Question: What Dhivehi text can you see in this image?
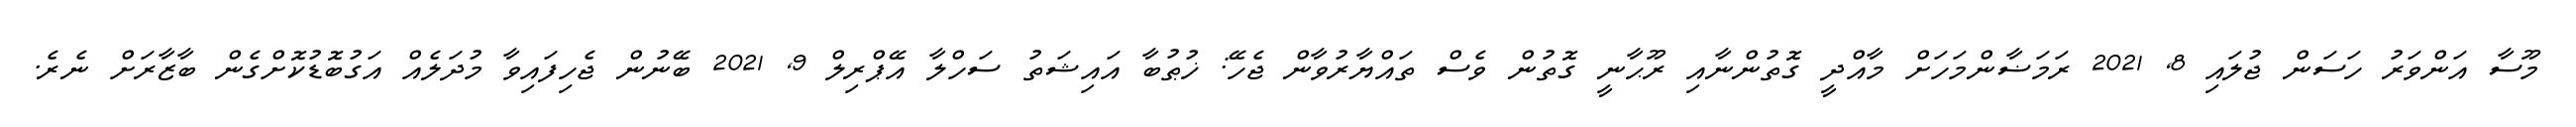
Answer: މޫސާ އަންވަރު ހަސަން ޖުލައި 8, 2021 ރަމަޟާންމަހަށް މާއްދީ ގޮތުންނާއި ރޫޙާނީ ގޮތުން ވެސް ތައްޔާރުވާން ޖެހޭ: ޚުޠުބާ އައިޝަތު ސަހްލާ އޭޕްރިލް 9, 2021 ބޭނުން ޖެހިފައިވާ މުދަލެއް އަގުބޮޑުކޮށްގެން ބާޒާރަށް ނެރެ.